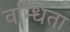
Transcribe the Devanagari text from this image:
वन्धिता